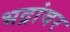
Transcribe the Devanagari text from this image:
भद्रांवर